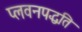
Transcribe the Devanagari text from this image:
प्लवनपद्धति